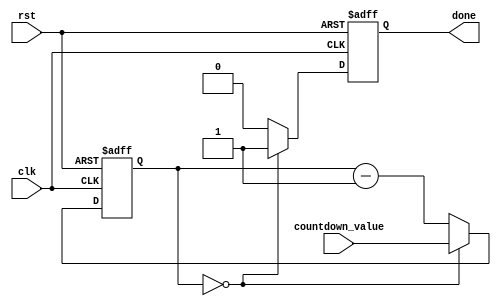
module countdown_timer (
    input wire clk,      // Clock input
    input wire rst,      // Reset signal
    input wire [31:0] countdown_value, // Countdown value in clock cycles
    output reg done      // Done signal
);

reg [31:0] counter;

always @(posedge clk or posedge rst) begin
    if (rst) begin
        counter <= 0;
        done <= 0;
    end else if (counter == 0) begin
        counter <= countdown_value;
        done <= 1;
    end else begin
        counter <= counter - 1;
        done <= 0;
    end
end

endmodule